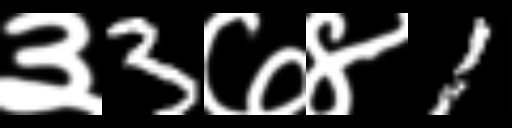
Text: ३3७४1